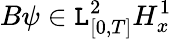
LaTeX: B\psi\in\mathtt{L}_{[0,T]}^{2}H_{x}^{1}